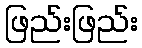
ဖြည်းဖြည်း